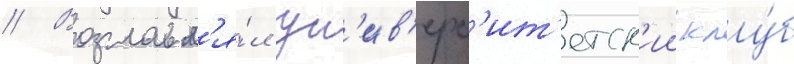
// Возглавл'я́л ун'ив'ерс'ит'етск'ии клу́б